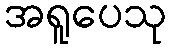
အရူပေသု